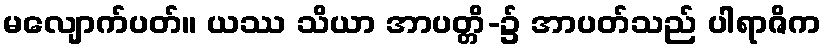
မလျောက်ပတ်။ ယဿ သိယာ အာပတ္တိ-၌ အာပတ်သည် ပါရာဇိက